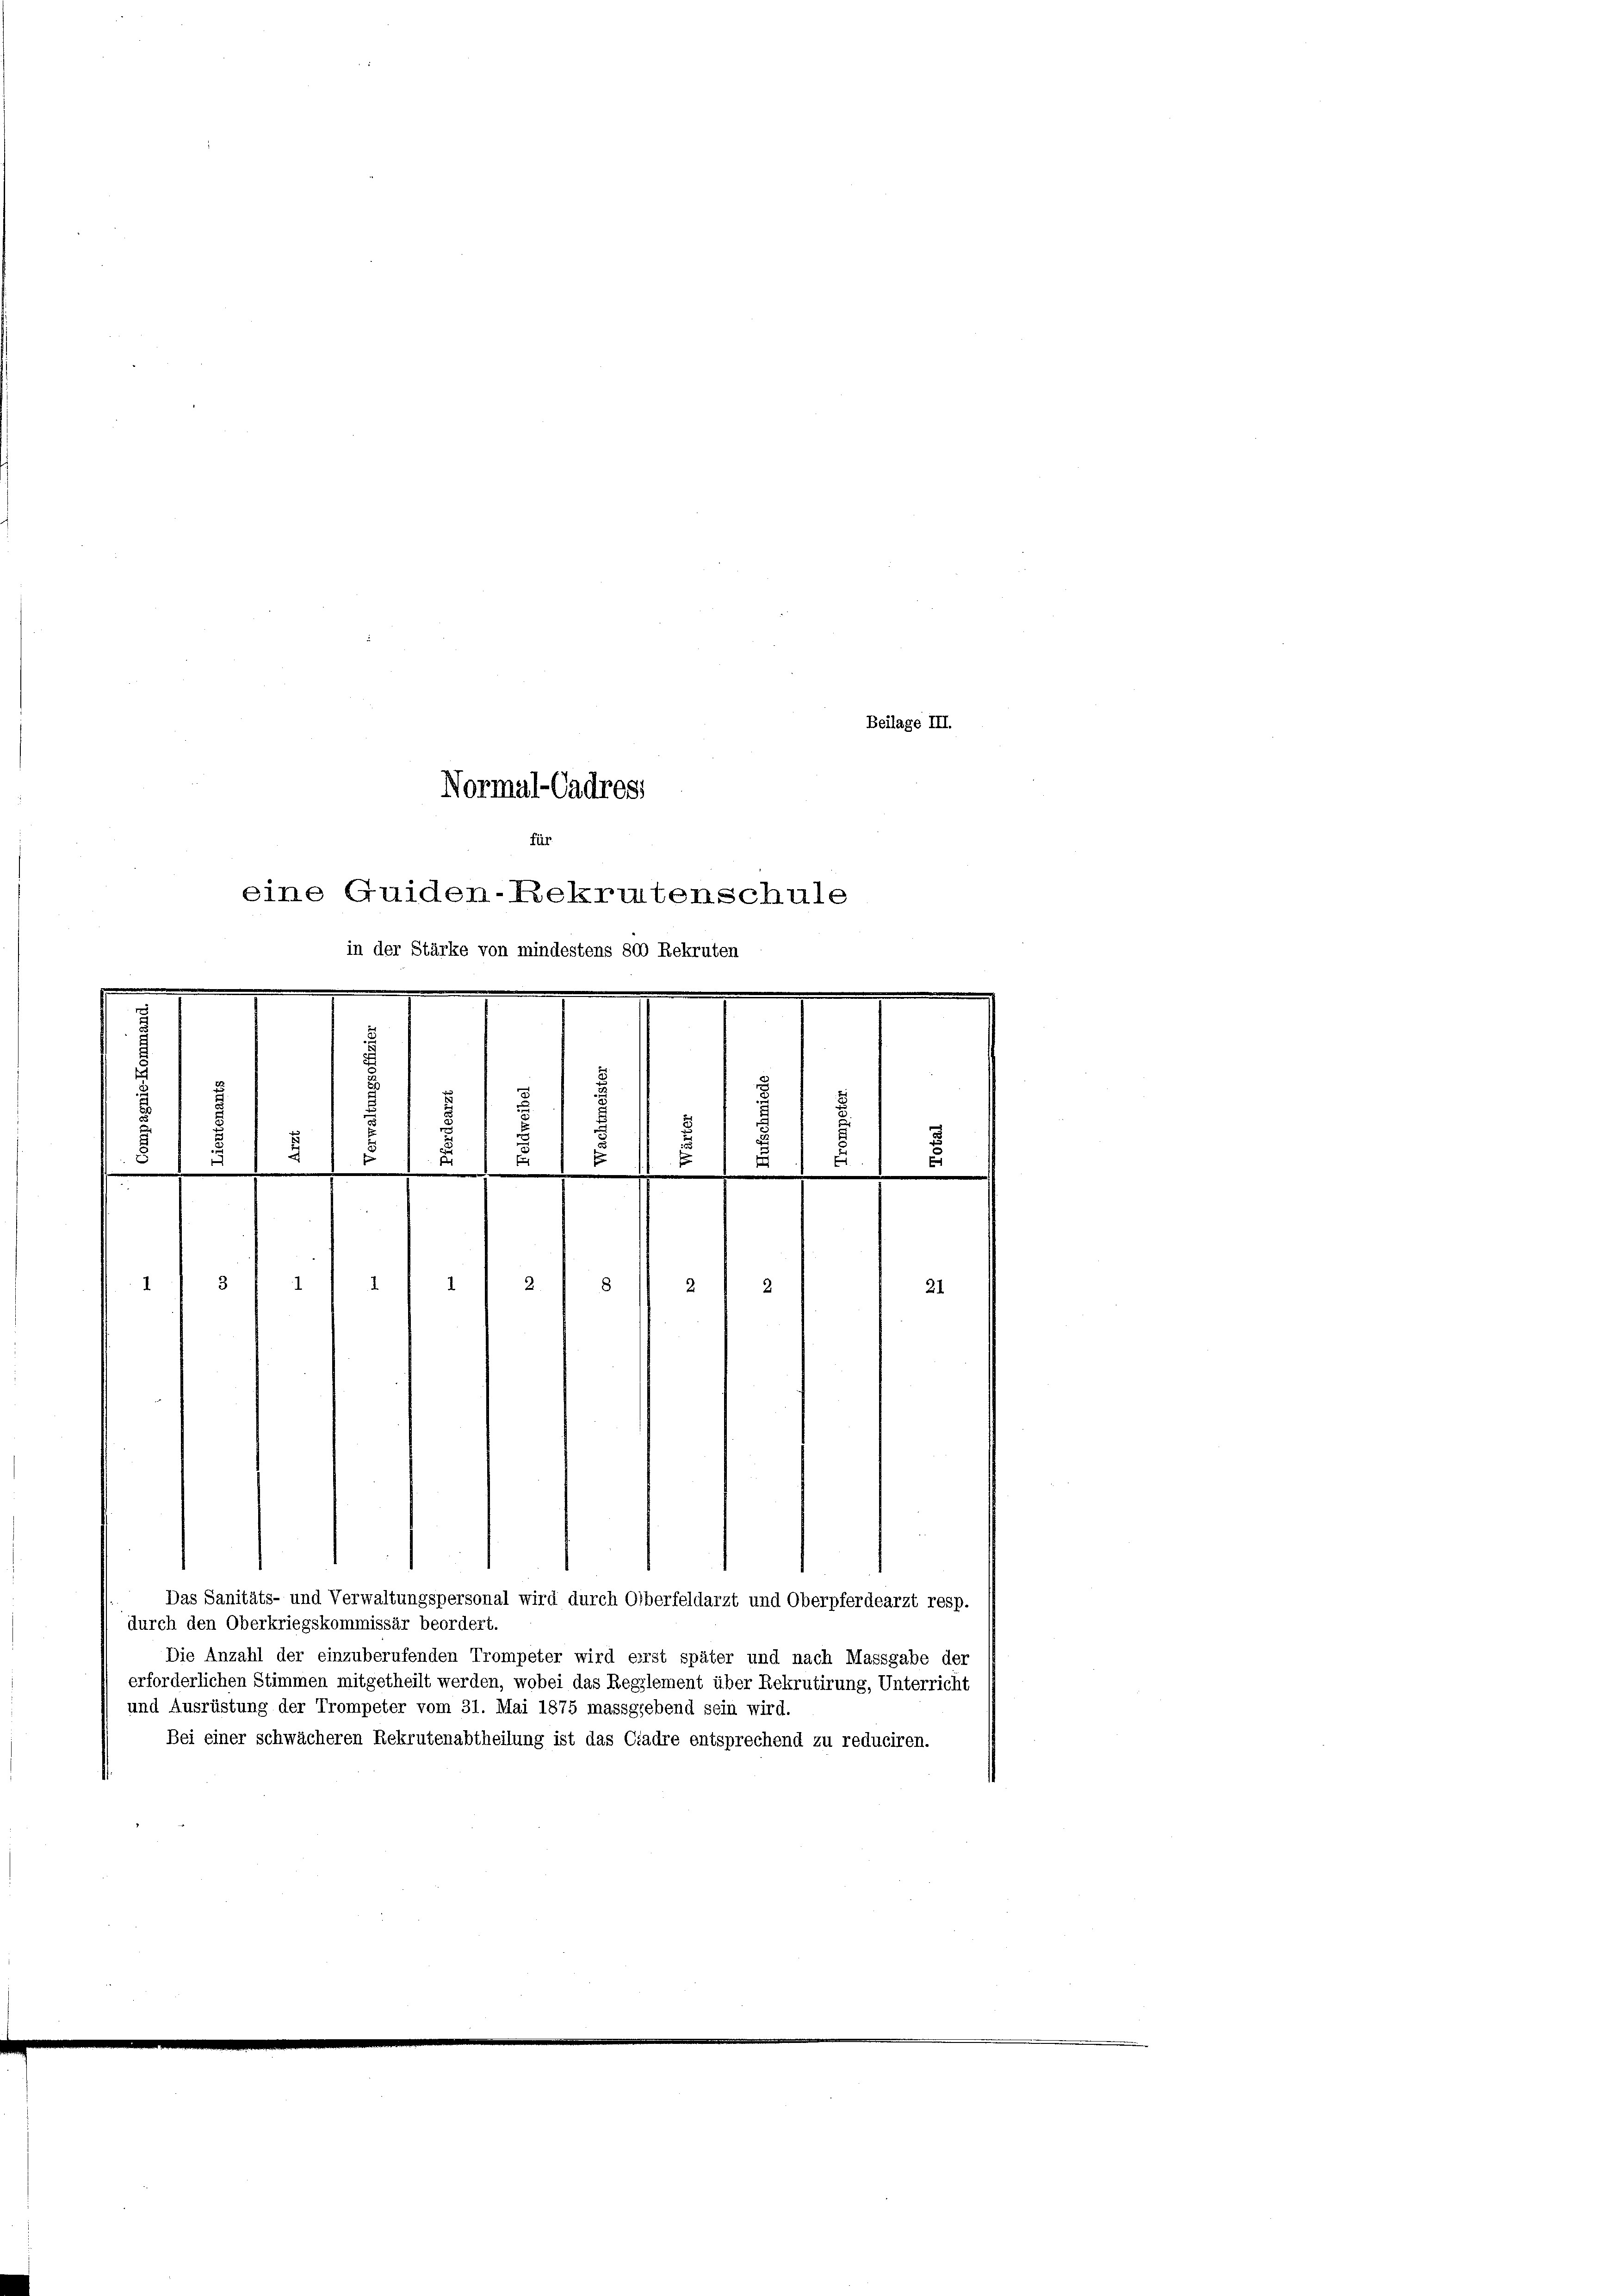
Beilage III.
Normal-Cadress
für
eine Guiden-Rekrutenschule
in der Stärke von mindestens 800 Rekruten
.
2
t
E
u
2
6
¬
2.
e
.
.
.
3
2.
1
1
8
21

Das Sanitäts- und Verwaltungspersonal wird durch Oberfeldarzt und Oberpferdearzt resp.
durch den Oberkriegskommissär beordert.
Die Anzahl der einzuberufenden Trompeter wird erst später und nach Massgabe der
erforderlichen Stimmen mitgetheilt werden, wobei das Reglement über Rekrutirung, Unterricht
und Ausrüstung der Trompeter vom 31. Mai 1875 massgebend sein wird.
Bei einer schwächeren Rekrutenabtheilung ist das Cadre entsprechend zu reduciren.